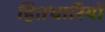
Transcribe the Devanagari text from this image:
हितधारियों